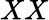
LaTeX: XX